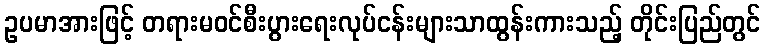
ဥပမာအားဖြင့် တရားမဝင်စီးပွားရေးလုပ်ငန်းများသာထွန်းကားသည့် တိုင်းပြည်တွင်